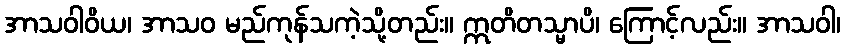
အာသဝါဝိယ၊ အာသဝ မည်ကုန်သကဲ့သို့တည်း။ ဣတိတသ္မာပိ၊ ကြောင့်လည်း။ အာသဝါ၊